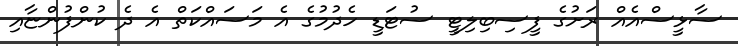
ސާޅީސްއެއް ރަށުގެ ފީސިބިލިޓީ ސުޓަޑީ ހެދުމުގެ އެ މަސައްކަތް އެ ދެ ކުންފުންޏާއި